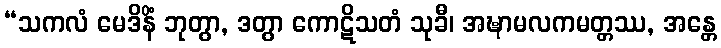
“သကလံ မေဒိနိံ ဘုတွာ, ဒတွာ ကောဋိသတံ သုခီ၊ အဍ္ဎာမလကမတ္တဿ, အန္တေ